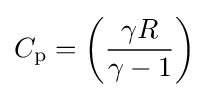
C_{\text{p}}=\left({\frac {\gamma R}{\gamma -1}}\right)